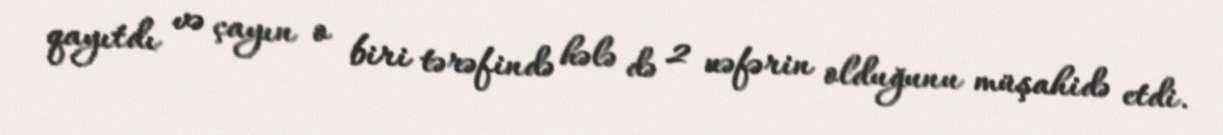
qayıtdı və çayın o biri tərəfində hələ də 2 nəfərin olduğunu müşahidə etdi.